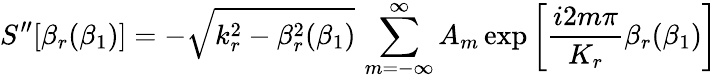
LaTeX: S^{\prime\prime}[\beta_{r}(\beta_{1})]=-\sqrt{k_{r}^{2}-\beta_{r}^{2}(\beta_{1})}\, \sum_{m=-\infty}^{\infty}A_{m}\exp\left[\frac{i2m\pi}{K_{r}}\beta_{r}(\beta_{1})\right]